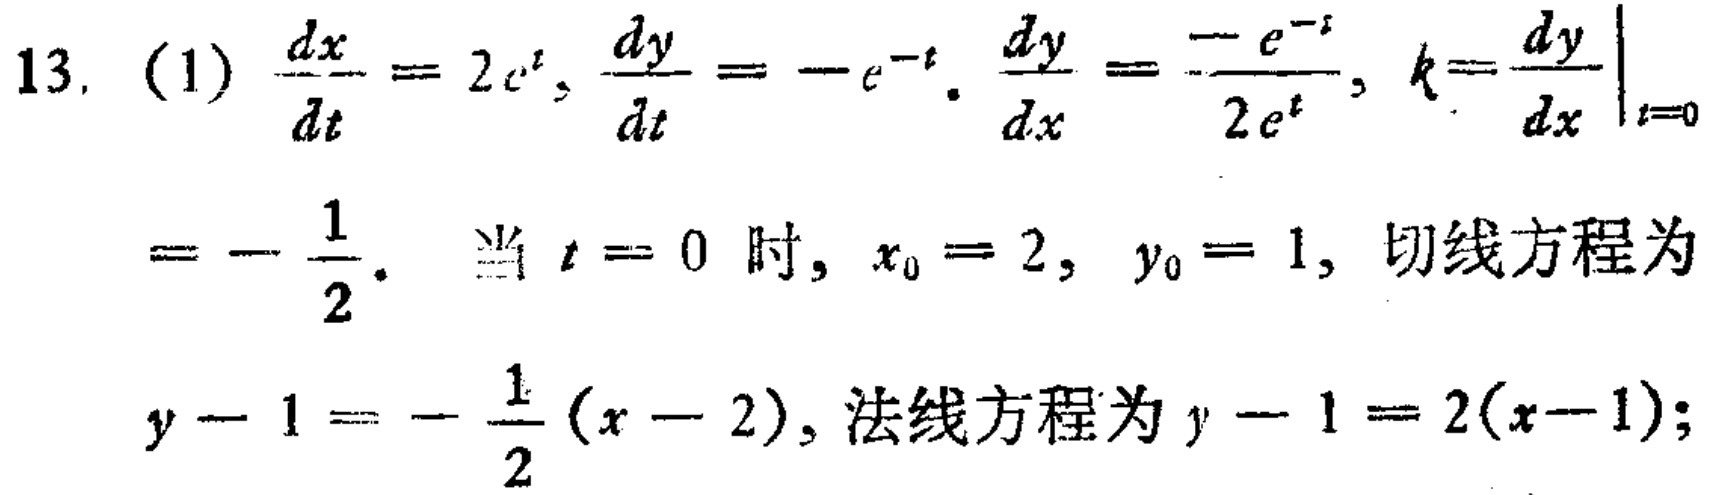
13. (1) \(\frac{dx}{dt}=2e^{t},\frac{dy}{dt}=-e^{-t},\frac{dy}{dx}=\frac{-e^{-t}}{2e^{t}},k = \left.\frac{dy}{dx}\right|_{t = 0}=-\frac{1}{2}\). 当 \(t = 0\) 时, \(x_{0}=2,y_{0}=1\), 切线方程为 \(y - 1=-\frac{1}{2}(x - 2)\), 法线方程为 \(y - 1=2(x - 1)\);